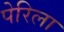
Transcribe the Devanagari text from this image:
पेरिला